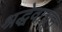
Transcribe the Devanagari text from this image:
श्रद्धेवाचून